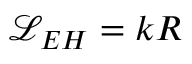
\mathcal { L } _ { E H } = k R